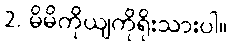
2. မိမိကိုယျကိုရိုးသားပါ။